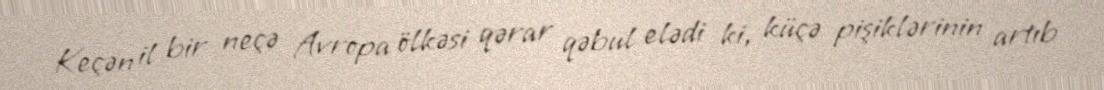
Keçən il bir neçə Avropa ölkəsi qərar qəbul elədi ki, küçə pişiklərinin artıb